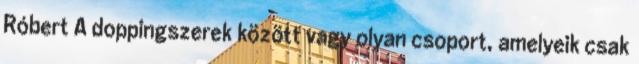
Róbert A doppingszerek között vagy olyan csoport, amelyeik csak